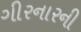
ગીરનારની